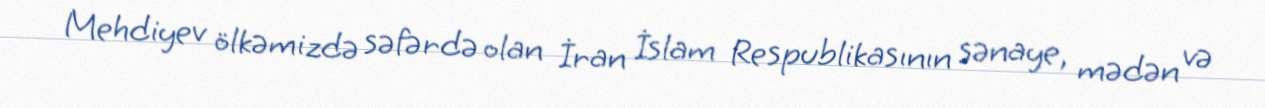
Mehdiyev ölkəmizdə səfərdə olan İran İslam Respublikasının sənaye, mədən və